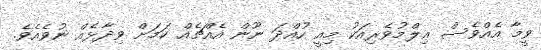
ވީމާ އެއްވެސް ޢިލްމުވެރިއަކު މިއީ ހުއްދަ ނޫން އެއްޗެއް ކަމަށް ވިދާޅެއް ނުވެއެވެ.